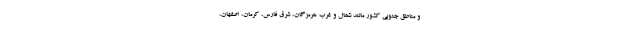
و مناطق جنوبی کشور مانند شمال و غرب هرمزگان، شرق فارس، کرمان، اصفهان،